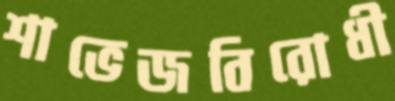
শাভেজবিরোধী